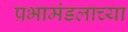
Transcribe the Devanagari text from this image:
प्रभामंडलाच्या